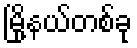
မြို့နယ်တစ်ခု